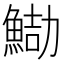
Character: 𩷻